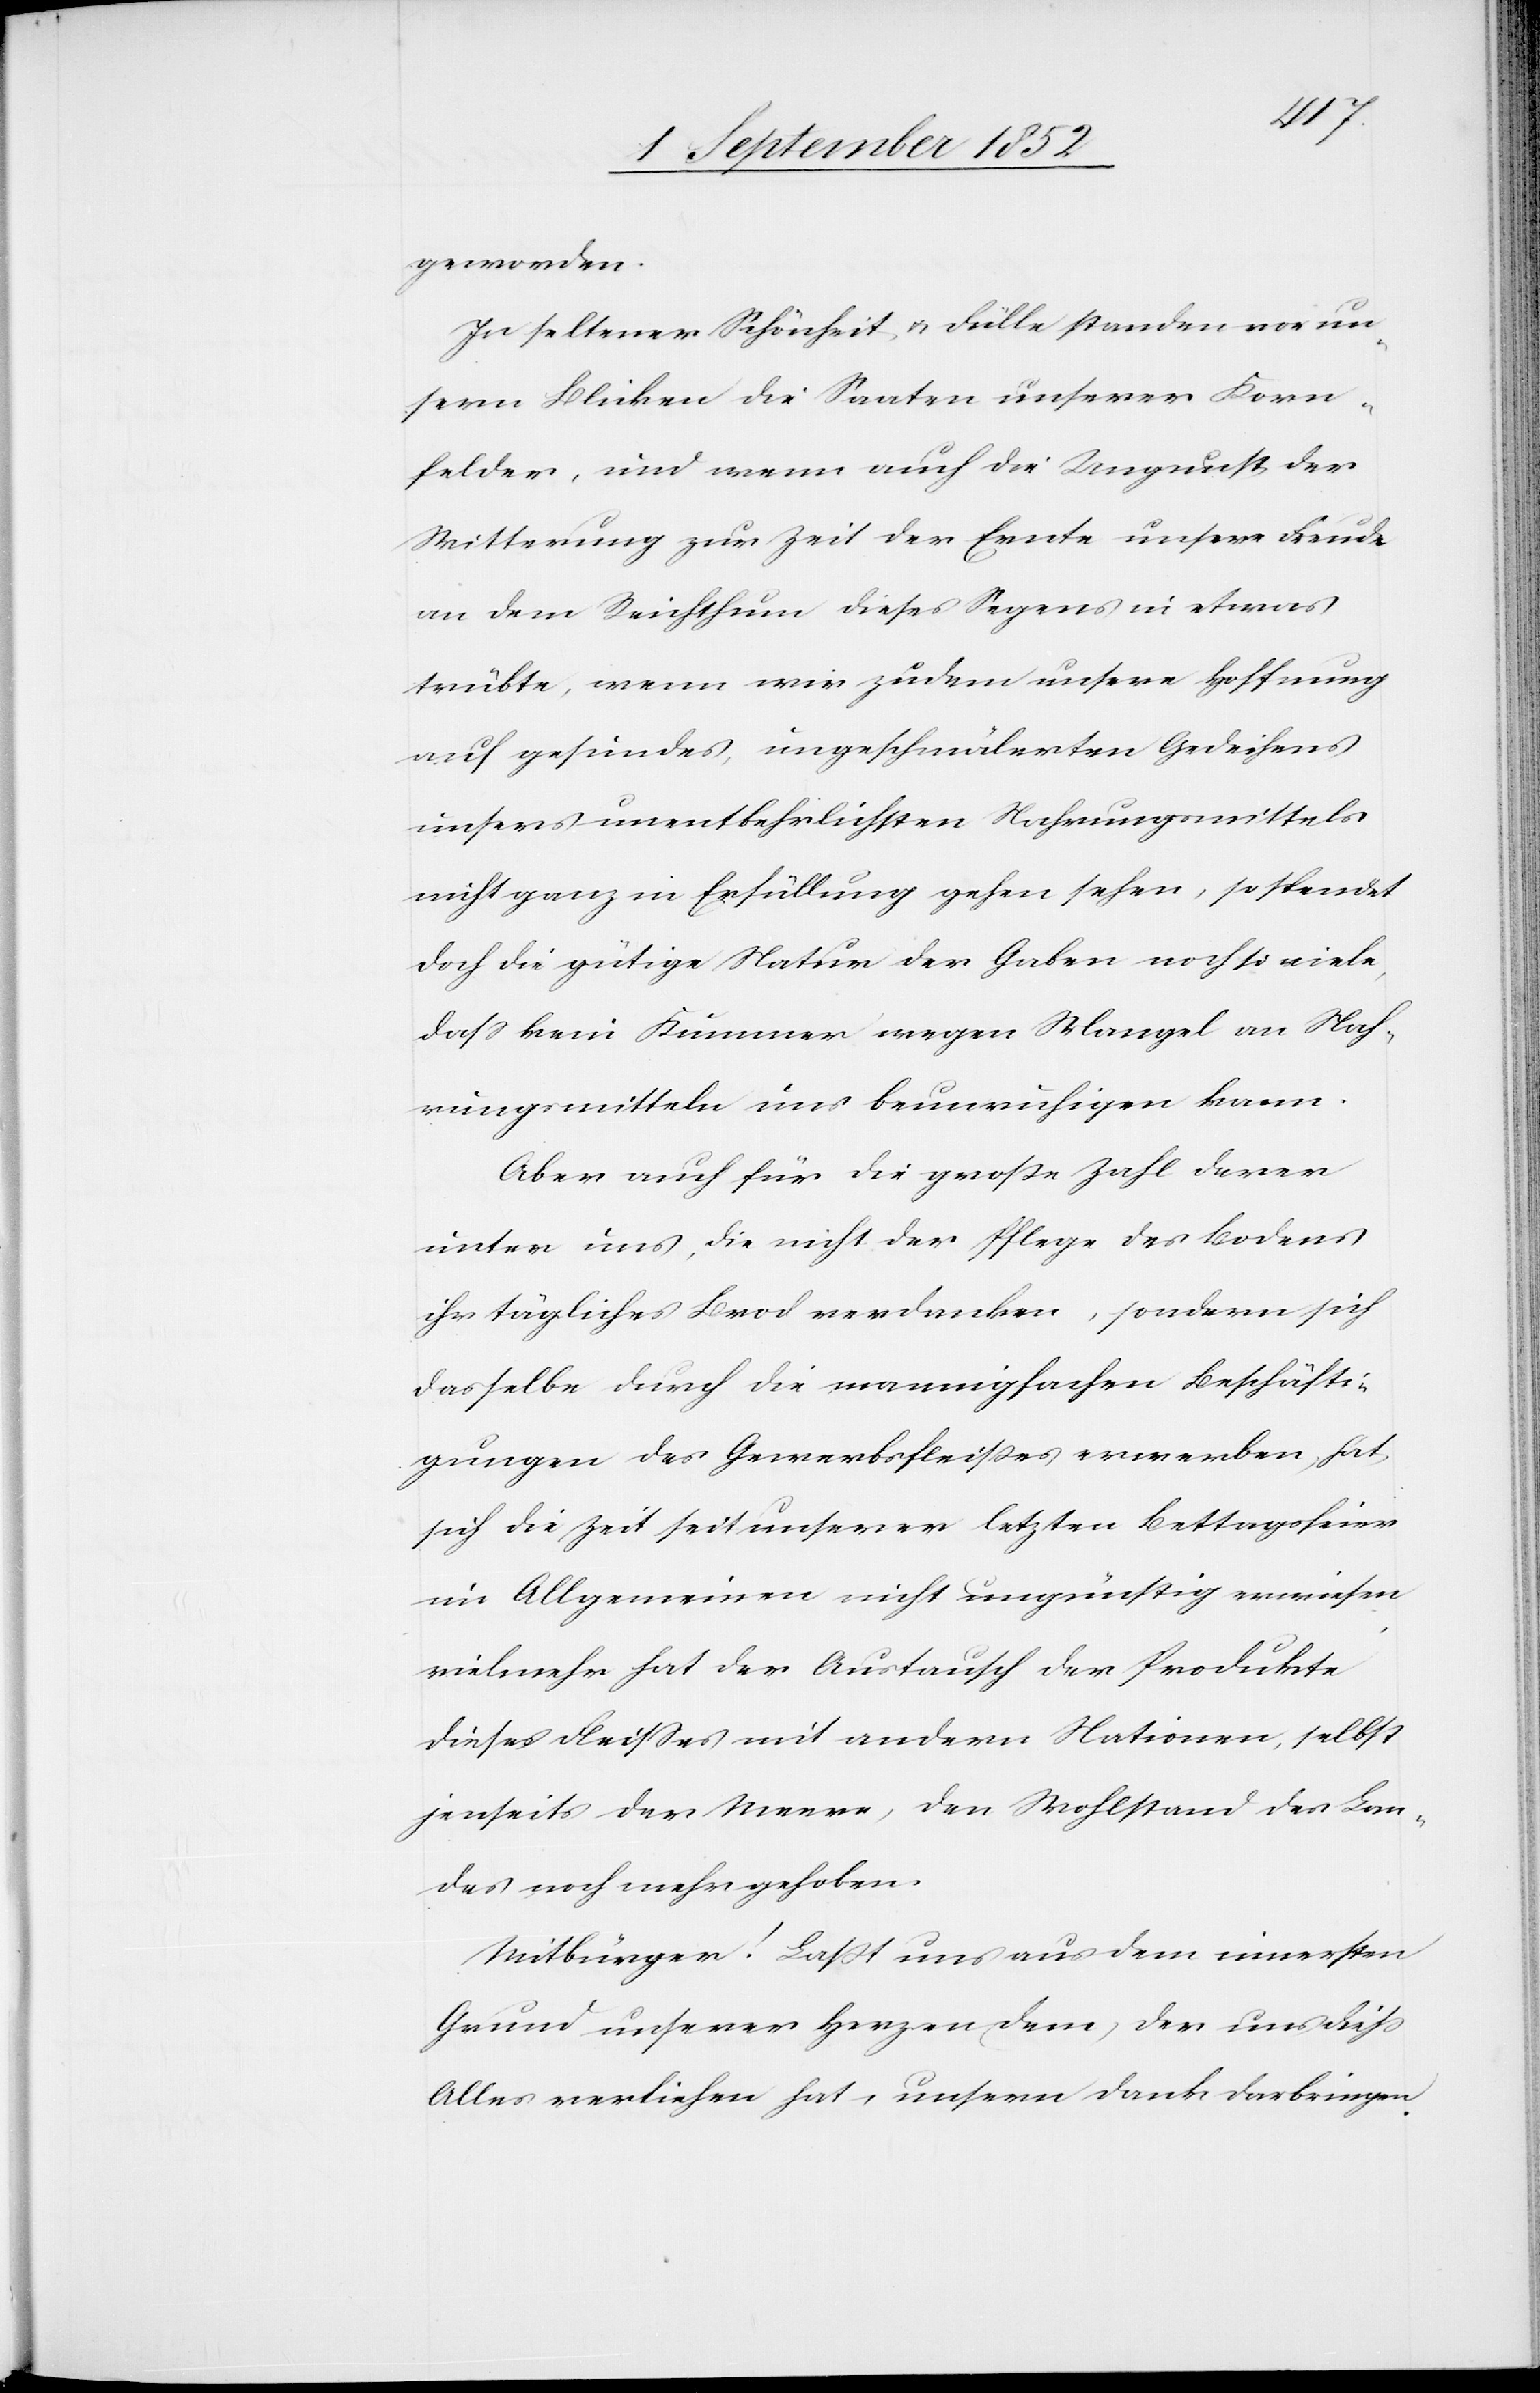
geworden.
In seltener Schönheit & Fülle standen vor un¬
sern Blicken die Saaten unserer Korn¬
felder, und wenn auch die Ungunst der
Witterung zur Zeit der Ernte unsere Freude
an dem Reichthum dieses Segens in etwas
trübte, wenn wir zudem unsere Hoffnung
auf gesundes, ungeschmälerten Gedeihens
unsers unentbehrlichsten Nahrungsmittels
nicht ganz in Erfüllung gehen sehen, so spendet
doch die gütige Natur der Gaben noch so viele,
dass kein Kummer wegen Mangel an Nah¬
rungsmitteln uns beunruhigen kann.
Aber auch für die große Zahl derer
unter uns, die nicht der Pflege des Bodens
ihr tägliches Brod verdanken, sondern sich
dasselbe durch die mannigfachen Beschäfti¬
gungen des Gewerbsfleißes erwerben, hat
sich die Zeit seit unserer letzten Bettagsfeier
im Allgemeinen nicht ungünstig erwiesen,
vielmehr hat der Austausch der Produkte
dieses Fleisses mit andern Nationen, selbst
jenseits der Meere, den Wohlstand des Lan¬
des noch mehr gehoben.
Mitbürger! Laßt uns aus dem innersten
Grund unserer Herzen (dem) der uns dieß
Alles verliehen hat, unsern Dank darbringen.